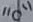
Text: "0"